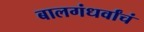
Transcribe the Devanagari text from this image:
बालगंधर्वांचं